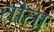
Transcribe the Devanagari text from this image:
तौता